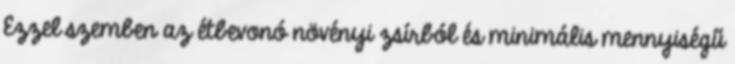
Ezzel szemben az étbevonó növényi zsírból és minimális mennyiségű